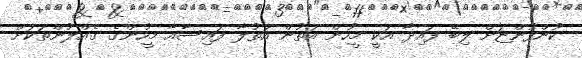
ކުންފުންޏަށް ލިބޭ ފައިދާ އަކީ މީހުން އަތުން އަތުލާ ފައިސާއާ މީހުންގެ ގެއްލުންތަކަށް